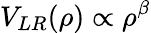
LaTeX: V_{LR}(\rho)\propto\rho^{\beta}